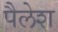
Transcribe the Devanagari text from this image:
पैलेश